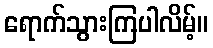
ရောက်သွားကြပါလိမ့်။